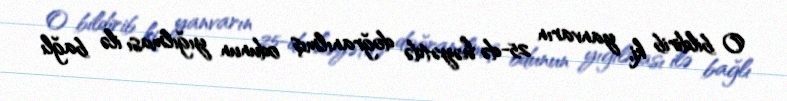
O bildirib ki, yanvarın 25-də həyətdə doğranılmış odunun yığılması ilə bağlı